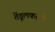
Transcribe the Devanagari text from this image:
तेंडूलकरची